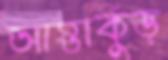
আস্তাকুঁড়